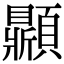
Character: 𩕩